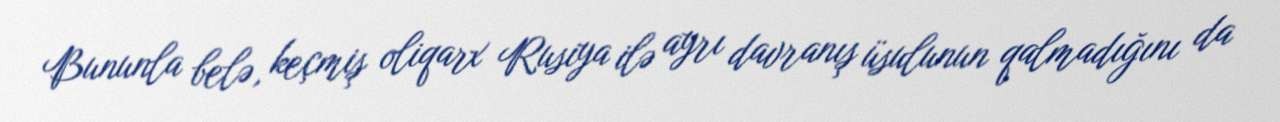
Bununla belə, keçmiş oliqarx Rusiya ilə ayrı davranış üsulunun qalmadığını da